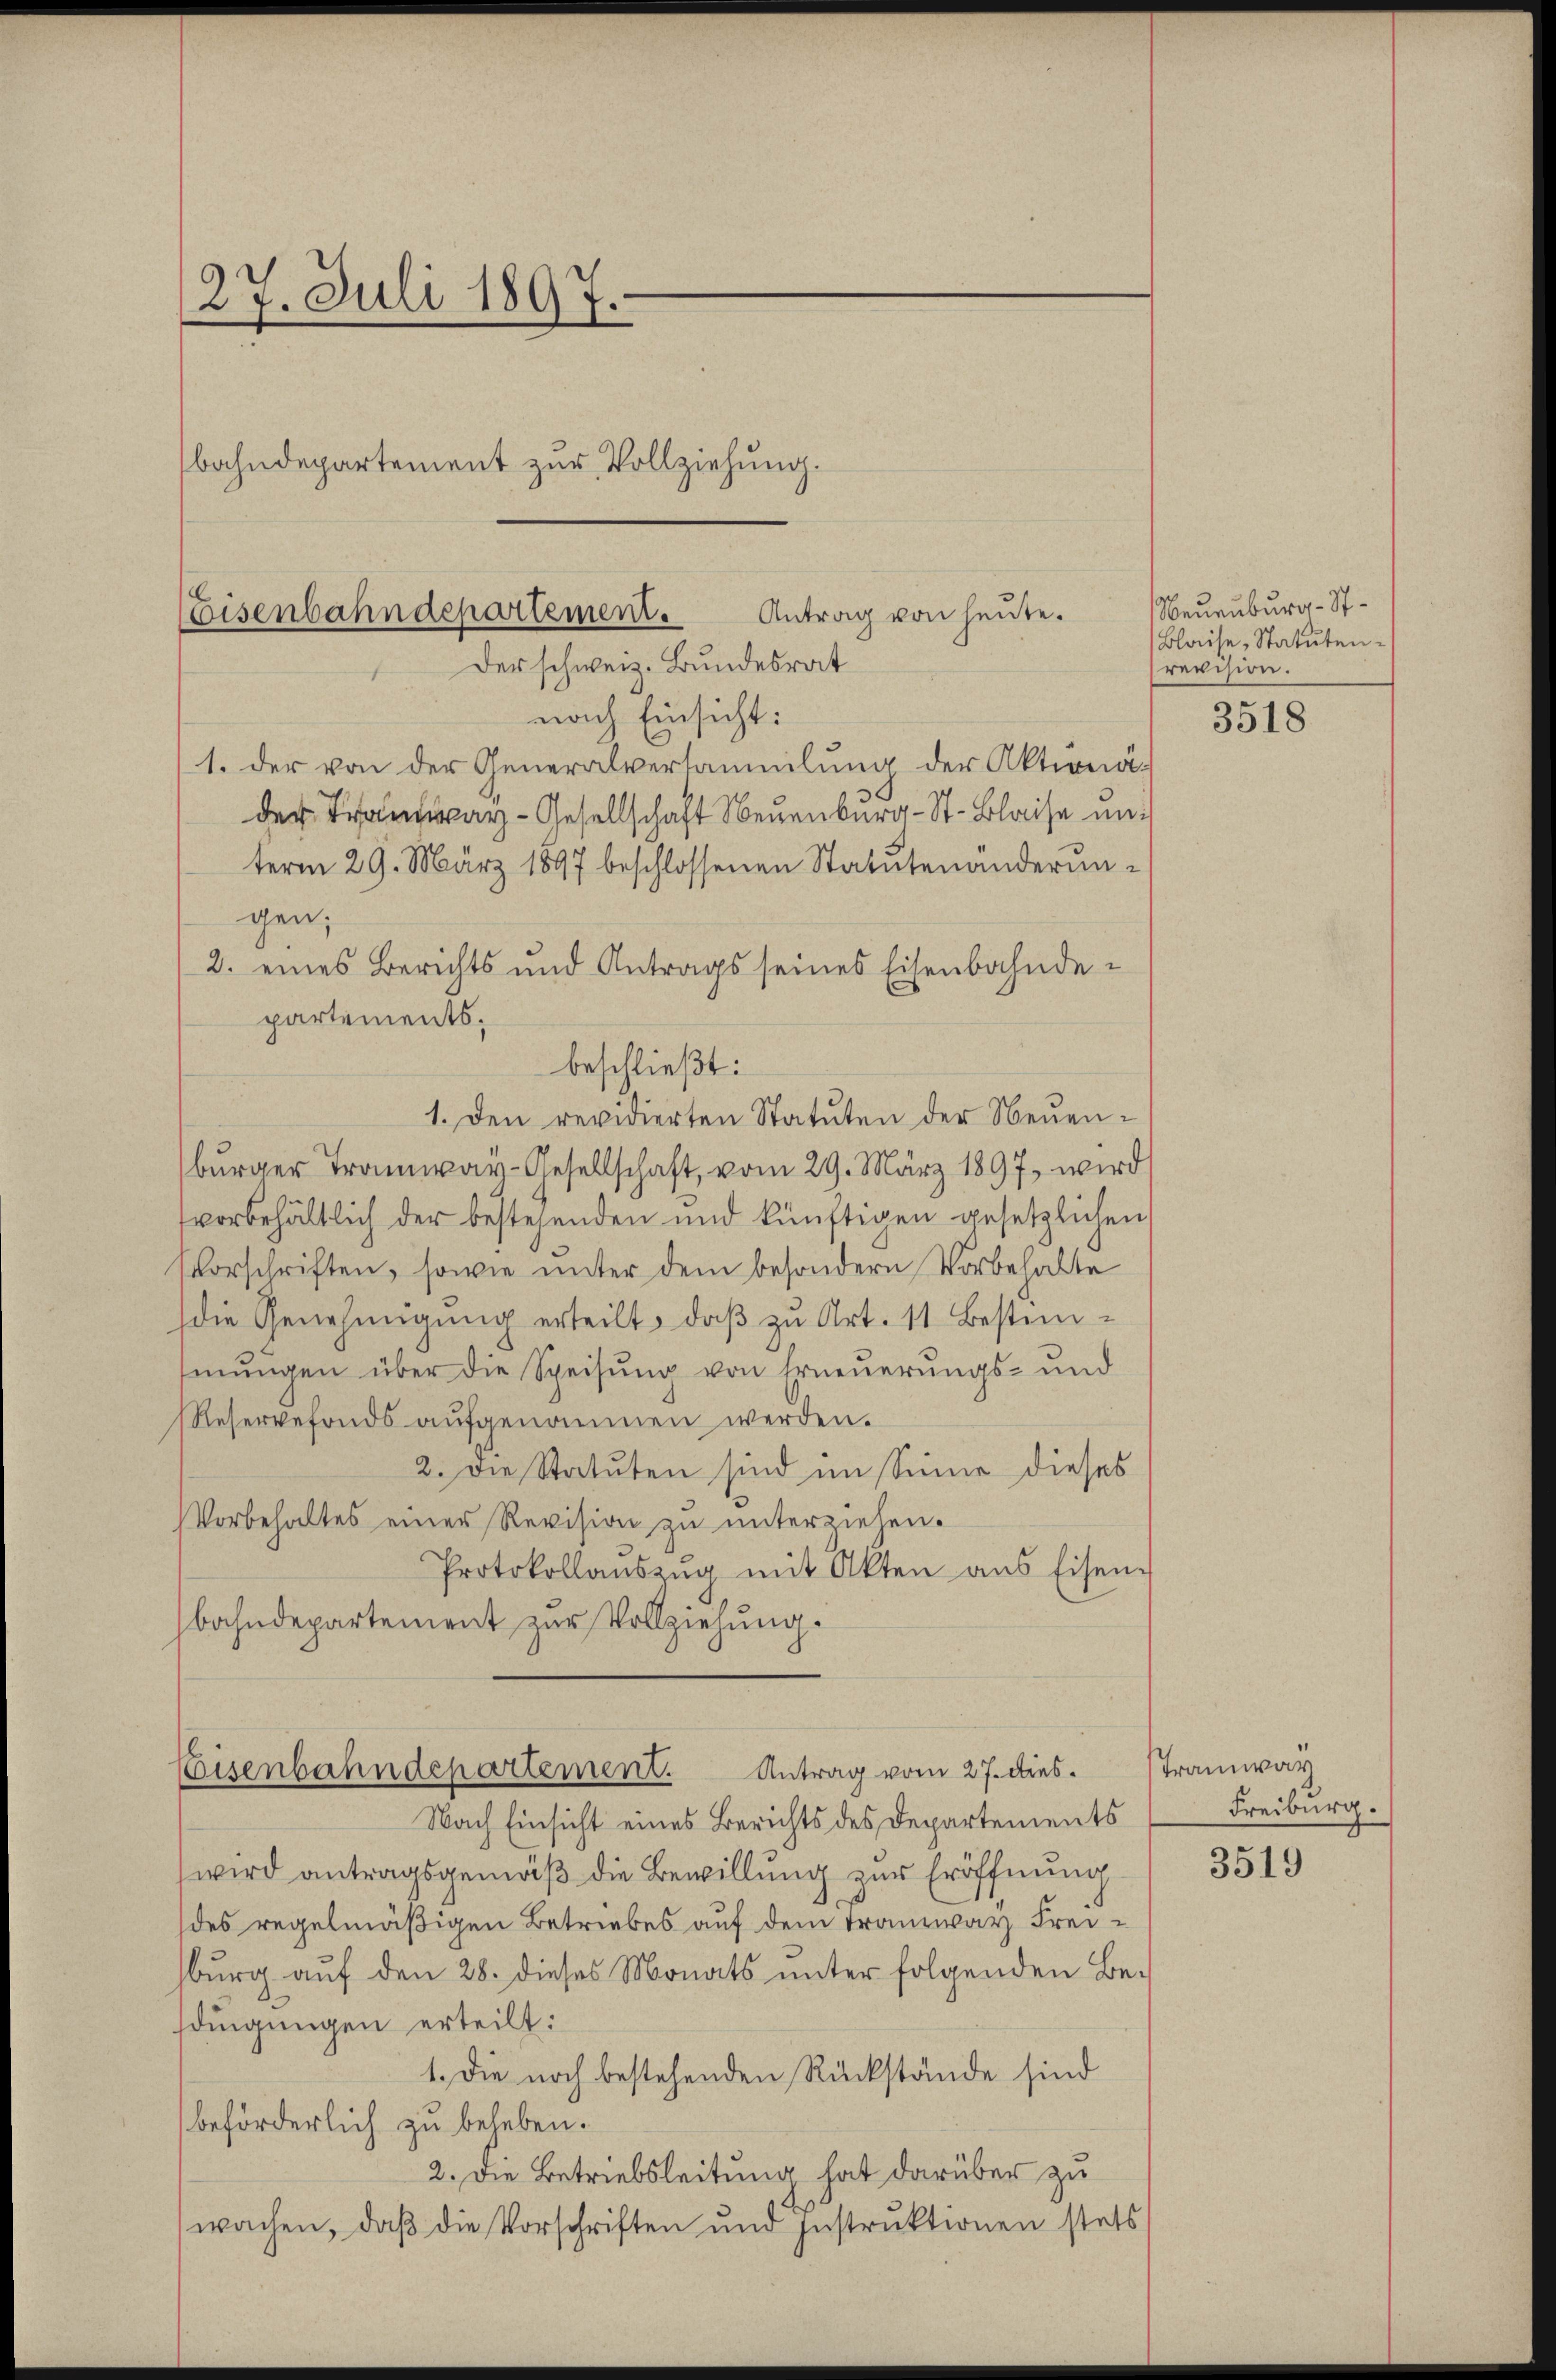
27. Juli 1897.

Eisenbahndepartement. Antrag von heute.
Der schweiz. Bundesrat

nach Einsicht:
1. der von der Generalversammlung der Aktionäder Tramway-Gesellschaft Neuenburg - St. Blaise unterm 29. März 1897 beschlossenen Statutenanderungen;
2. eines Berichts und Antrags seines Eisenbahndepartements.
beschließt:
1. Den revidierten Statuten der Neuen-
burger Tramway-Gesellschaft, vom 29. März 1897, wird
vorbehältlich der bestehenden und künftigen gesetzlichen
vorschriften, sowie unter dem besondern Vorbehalte
die Genehmigung erteilt, daß zu Art. 11 Bestimmungen über die Speisung von Erneuerungs- und
Reservefonds aŭfgenommen werden.
2. Die Statuten sind im Sinne dieses
Vorbehaltes einer Revision zu unterziehen.
Protokollaŭszŭg mit Akten aus Eisen-
bahndepartement zur Vollziehung.

bahndepartement zur Vollziehung.

Nach Einsicht eines Berichts des Departements
wird antragsgemäß die Bewillung zur Eröffnung
des regelmäßigen Betriebes auf dem Tranzway Freisburg auf den 28. dieses Monats unter folgenden Be-
dingungen erteilt:
1. Die noch bestehenden Rückstände sind
beförderlich zu beheben.
2. Die Betriebsleitung hat darüber zu
wachen, daß die Vorschriften und Instruktionen stets

Antrag vom 27. dies.
Eisenbahndepartement.

Neuenburg - St.
Blaise, Statutenrevision.

3518

Tramway
Freiburg.

3519